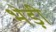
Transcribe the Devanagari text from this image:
भेड़ी